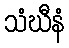
သံဃီနံ